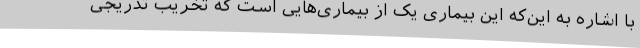
با اشاره به این‌که این بیماری یک از بیماری‌هایی است که تخریب تدریجی